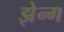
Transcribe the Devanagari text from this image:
झेन्ग